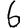
Digit: 6